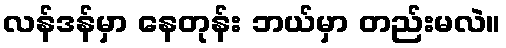
လန်ဒန်မှာ နေတုန်း ဘယ်မှာ တည်းမလဲ။